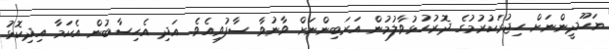
ޔަހޫދީންނަށް ހިޖުރަކުރުމުގެ ދޮރުހުޅުވާލުމުން އަރަބިންނަށް ވާނުވާ ސާފުވިއެވެ. އަދި އެހިސާބުން އެކަމާ އިދިކޮޅު